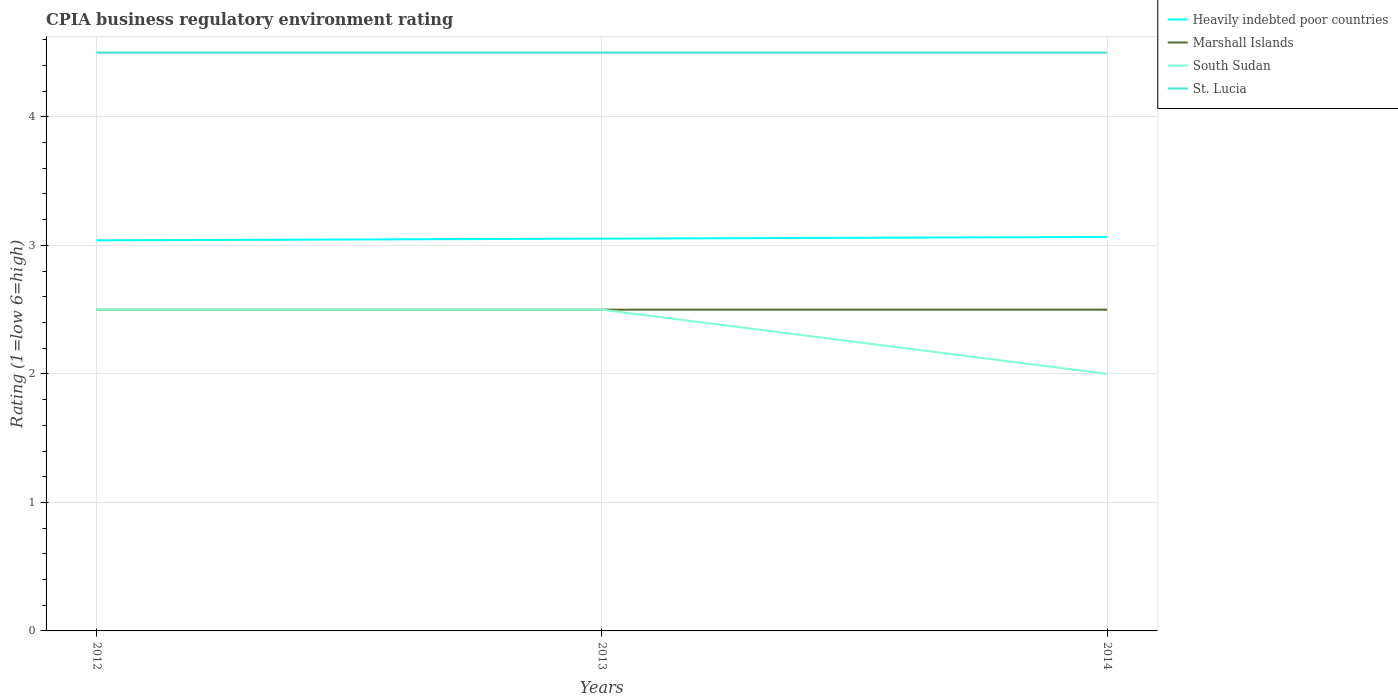
| Years | Heavily indebted poor countries | Marshall Islands | South Sudan | St. Lucia |
 | --- | --- | --- | --- | --- |
 | 2012 | 3.04 | 2.5 | 2.5 | 4.5 |
 | 2013 | 3.05 | 2.5 | 2.5 | 4.5 |
 | 2014 | 3.07 | 2.5 | 2 | 4.5 |